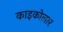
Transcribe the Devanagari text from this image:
काइकोलार